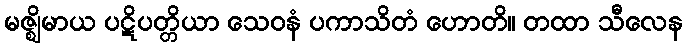
မဇ္ဈိမာယ ပဋိပတ္တိယာ သေဝနံ ပကာသိတံ ဟောတိ။ တထာ သီလေန